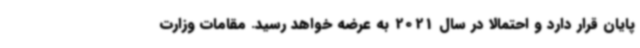
پایان قرار دارد و احتمالا در سال 2021 به عرضه خواهد رسید. مقامات وزارت